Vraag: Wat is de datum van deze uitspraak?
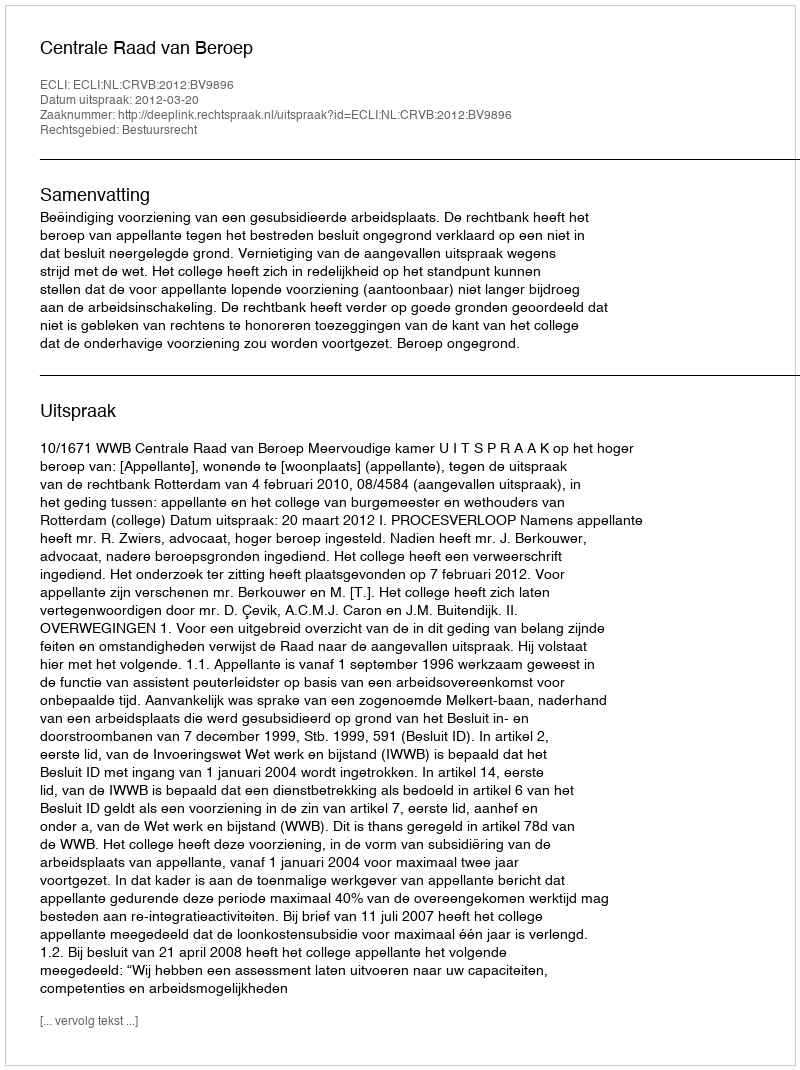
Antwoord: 2012-03-20